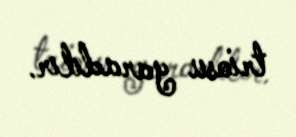
triosu yaradılır.